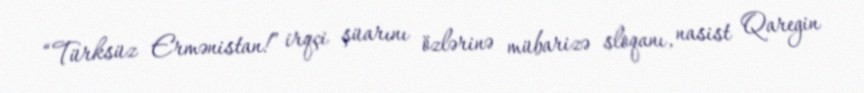
“Türksüz Ermənistan!” irqçi şüarını özlərinə mübarizə sloqanı, nasist Qaregin